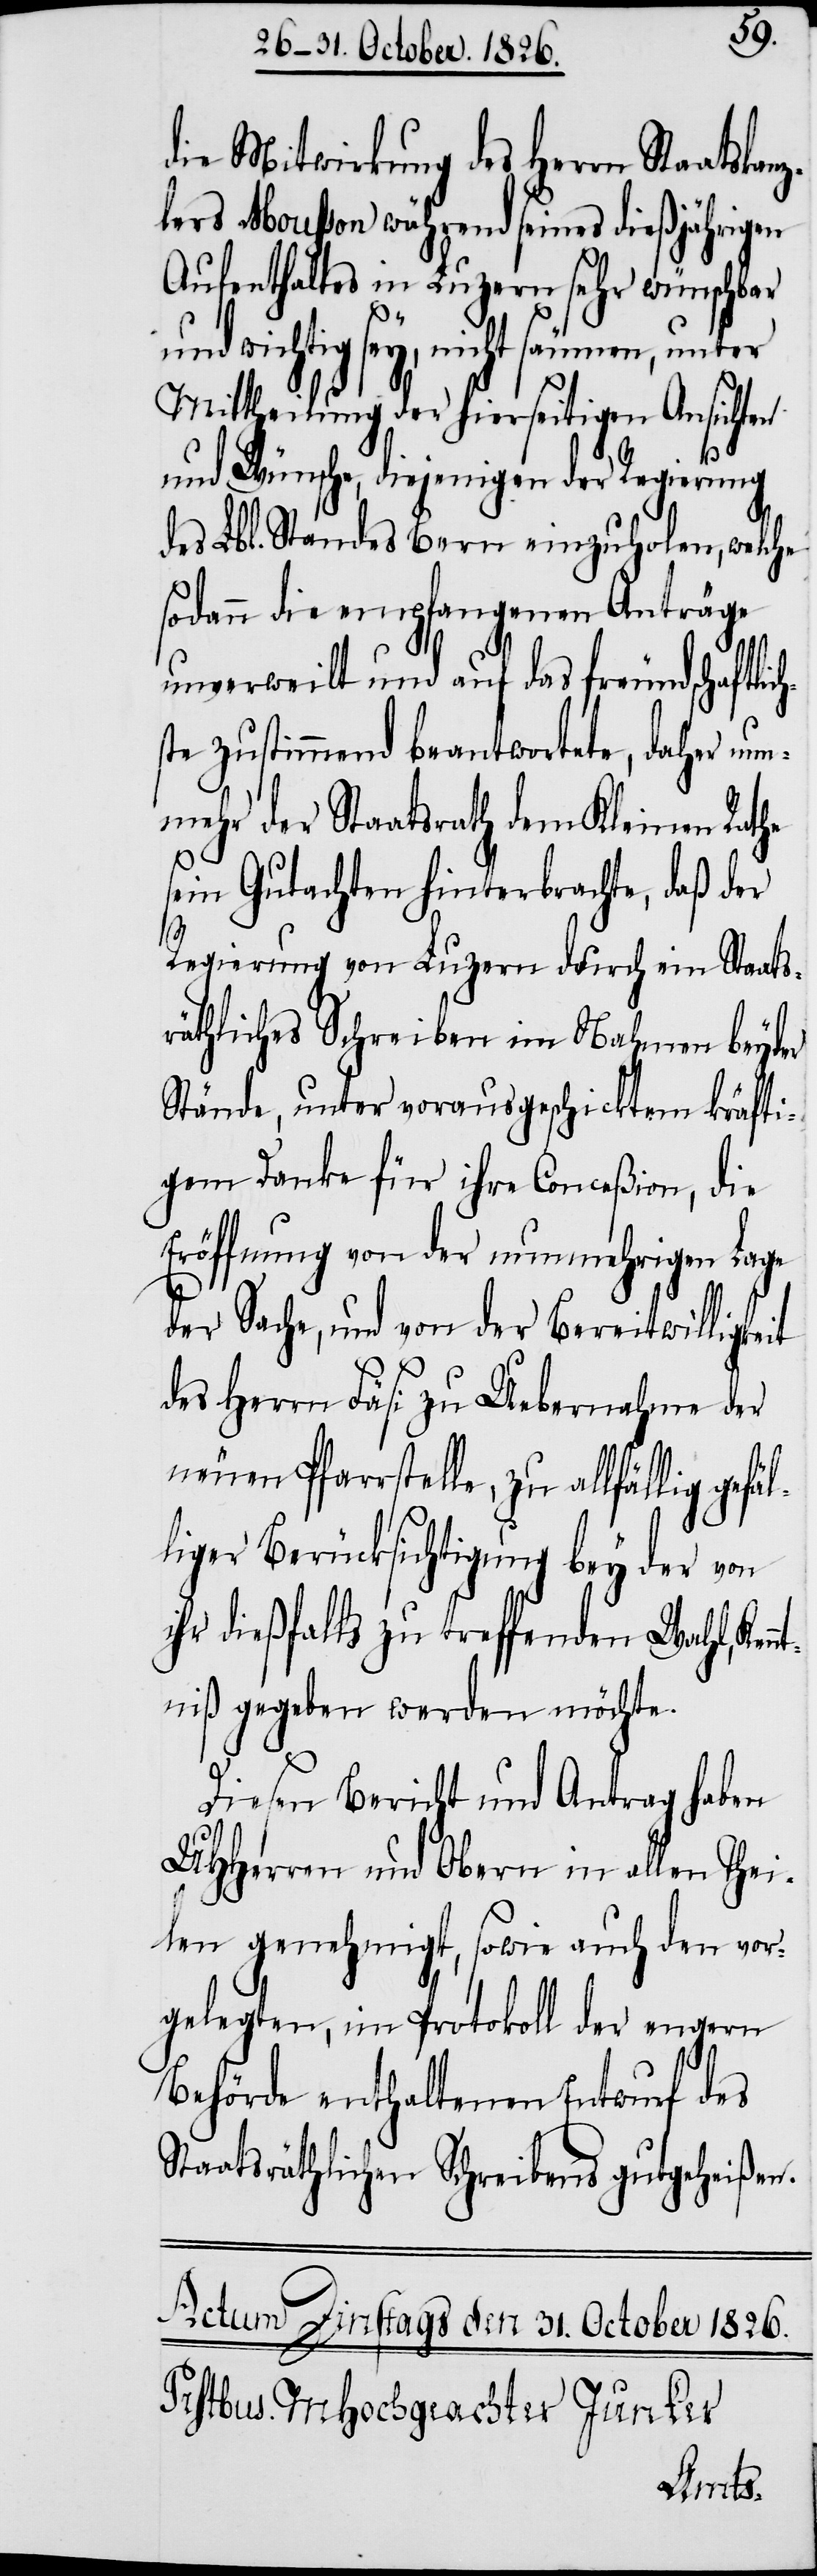
die Mitwirkung des Herrn Staatskan¬
zlers Mousson während seines dießjährigen
Aufenthaltes in Luzern sehr wünschbar
und wichtig sey, nicht
Mittheilung der hierseitigen Ansichten
l¬
und Wünsche, diejenigen der Regierung
des Lbl. Standes Bern einzuholen, welche
sodann die empfangenen Anträge
unverweilt und auf das freundschaftlic¬
ste zustimmend beantwortete, daher nun¬
mehr der Staatsrath dem Kleinen Rathe
sein Gutachten hinterbrachte, daß der
Regierung von Luzern durch ein Staats¬
räthliches Schreiben im Nahmen beyder
Stände, unter vorausgeschicktem kräfti¬
gem Danke für ihre Conceßion, die
Eröffnung von der nunmehrigen Lage
der Sache, und von der Bereitwilligkeit
des Herrn Fäsi zu Uebernahme der
neuen Pfarrstelle, zu allfällig gefä¬
liger Berücksichtung bey der von
ihr dießfalls zu treffenden Wahl, Ken¬
ntniß gegeben werden möchte.
Diesen Bericht und Antrag haben
UHHerren und Obern in allen Thei¬
len genehmigt, sowie auch den vor¬
gelegten, im Protokoll der engern
Behörde enthaltenen Entwurf des
Staatsräthlichen Schreibens gutgeheißen.